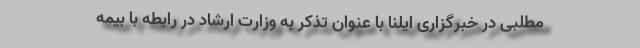
مطلبی در خبرگزاری ایلنا با عنوان تذکر به وزارت ارشاد در رابطه با بیمه